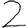
Digit: 2